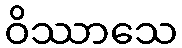
ဝိဿာသေ